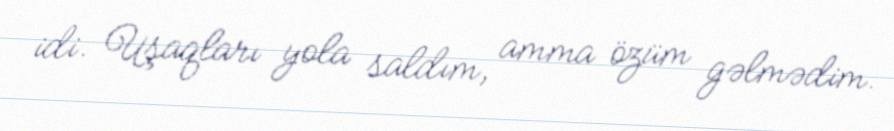
idi. Uşaqları yola saldım, amma özüm gəlmədim.